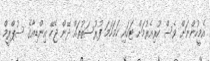
އެމީހުންނަށް ވެސް ކުރިއެރުމަށް ޓަކައި ހަމަހަމަ ފުރުސަތުތައް ދޭން ޖެހޭ އިންޑިއާގެ ސުޕްރީމް